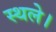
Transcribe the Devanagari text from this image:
स्थले।